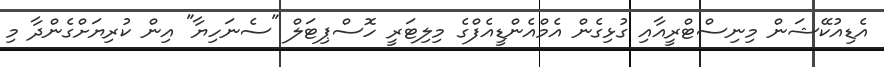
އެޑިއުކޭޝަން މިނިސްޓްރީއާއި ގުޅިގެން އެމްއެންޑީއެފްގެ މިލިޓަރީ ހޮސްޕިޓަލް "ސެނަހިޔާ" އިން ކުރިޔަށްގެންދާ މި